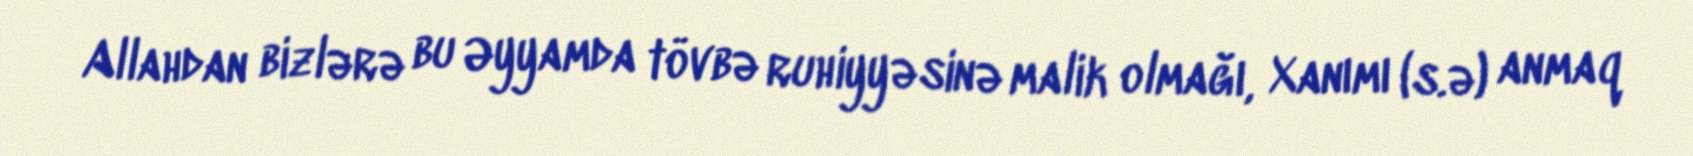
Allahdan bizlərə bu Əyyamda tövbə ruhiyyəsinə malik olmağı, Xanımı (s.ə) anmaq